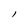
Character: l